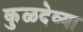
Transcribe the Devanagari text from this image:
कुळदेव्या